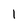
Character: I